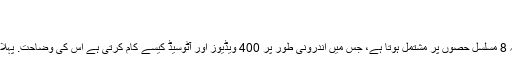
مفت کورسز - Geofumed
مفت آٹوکیڈ کورس - آن لائن
یہ مفت آن لائن آٹوسیڈ کورس کا مواد ہے. یہ 8 مسلسل حصوں پر مشتمل ہوتا ہے، جس میں اندرونی طور پر 400 ویڈیوز اور آٹوسیڈ کیسے کام کرتی ہے اس کی وضاحت. پہلا حصہ: بنیادی مواقع باب 1: آٹو سیڈ کیا ہے؟